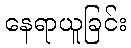
နေရာယူခြင်း